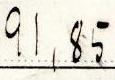
91,85